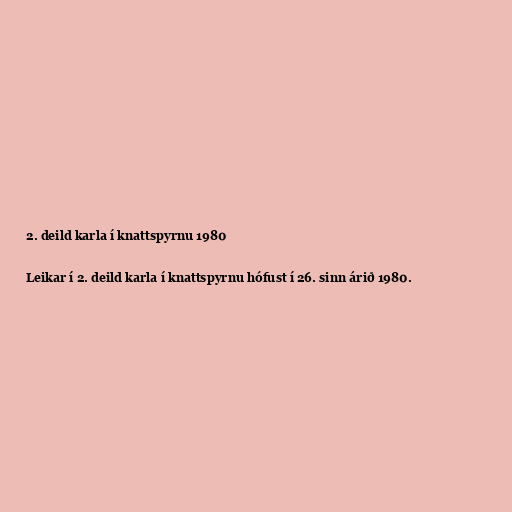
2. deild karla í knattspyrnu 1980

Leikar í 2. deild karla í knattspyrnu hófust í 26. sinn árið 1980.